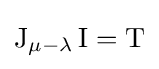
\operatorname {J} _{\mu -\lambda }\operatorname {I} =\operatorname {T}